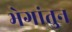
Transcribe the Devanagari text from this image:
भेगांतुन